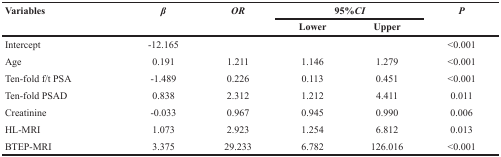
| <ROWSPAN=2> Variables | <ROWSPAN=2> β | <ROWSPAN=2> OR | <COLSPAN=2> 95%CI | <ROWSPAN=2> P |
 | Lower | Upper |
 | --- | --- | --- | --- | --- | --- |
 | Intercept | -12.165 |  |  |  | <0.001 |
 | Age | 0.191 | 1.211 | 1.146 | 1.279 | <0.001 |
 | Ten-fold f/t PSA | -1.489 | 0.226 | 0.113 | 0.451 | <0.001 |
 | Ten-fold PSAD | 0.838 | 2.312 | 1.212 | 4.411 | 0.011 |
 | Creatinine | -0.033 | 0.967 | 0.945 | 0.990 | 0.006 |
 | HL-MRI | 1.073 | 2.923 | 1.254 | 6.812 | 0.013 |
 | BTEP-MRI | 3.375 | 29.233 | 6.782 | 126.016 | <0.001 |